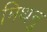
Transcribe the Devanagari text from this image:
मिथनु